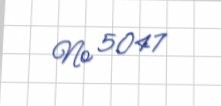
№ 5047